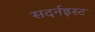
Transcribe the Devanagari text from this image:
सदर्नइस्ट